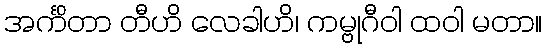
အင်္ကိတာ တီဟိ လေခါဟိ၊ ကမ္ဗုဂီဝါ ထဝါ မတာ။